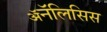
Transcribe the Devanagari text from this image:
ॲनॅलिसिस